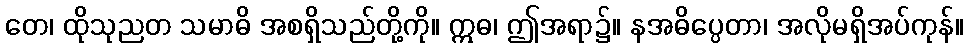
တေ၊ ထိုသုညတ သမာဓိ အစရှိသည်တို့ကို။ ဣဓ၊ ဤအရာ၌။ နအဓိပ္ပေတာ၊ အလိုမရှိအပ်ကုန်။